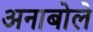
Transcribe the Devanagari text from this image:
अनाबोले